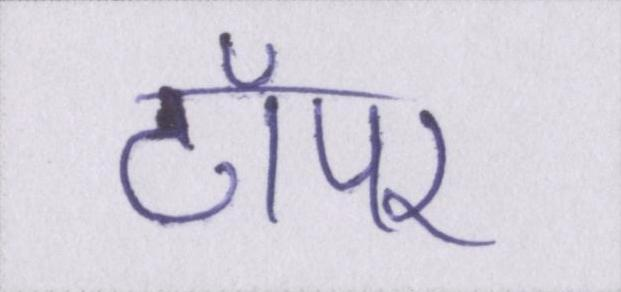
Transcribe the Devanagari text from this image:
टॉपर